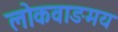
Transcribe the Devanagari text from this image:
लोकवाङमय